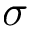
\boldsymbol { \sigma }